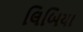
લિબિયા